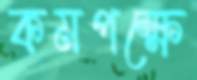
কমপক্ষে